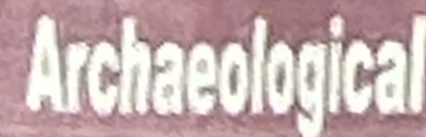
Archaeological